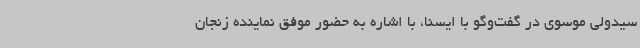
سیدولی موسوی در گفت‌وگو با ایسنا، با اشاره به حضور موفق نماینده زنجان